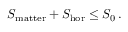
S _ { \mathrm { m a t t e r } } + S _ { \mathrm { h o r } } \leq S _ { 0 } \, .